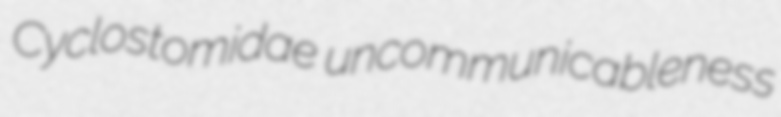
Cyclostomidae uncommunicableness